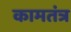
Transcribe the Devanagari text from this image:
कामतंत्र